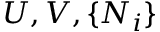
~ ~ ~ ~ ~ U , V , \{ N _ { i } \}